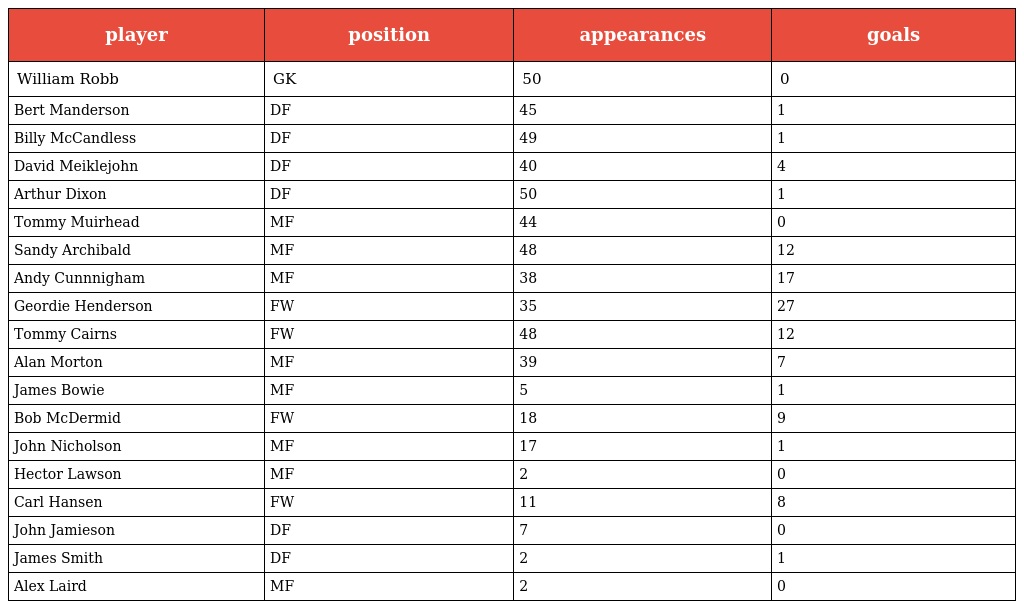
| player | position | appearances | goals |
 | --- | --- | --- | --- |
 | William Robb | GK | 50 | 0 |
 | Bert Manderson | DF | 45 | 1 |
 | Billy McCandless | DF | 49 | 1 |
 | David Meiklejohn | DF | 40 | 4 |
 | Arthur Dixon | DF | 50 | 1 |
 | Tommy Muirhead | MF | 44 | 0 |
 | Sandy Archibald | MF | 48 | 12 |
 | Andy Cunnnigham | MF | 38 | 17 |
 | Geordie Henderson | FW | 35 | 27 |
 | Tommy Cairns | FW | 48 | 12 |
 | Alan Morton | MF | 39 | 7 |
 | James Bowie | MF | 5 | 1 |
 | Bob McDermid | FW | 18 | 9 |
 | John Nicholson | MF | 17 | 1 |
 | Hector Lawson | MF | 2 | 0 |
 | Carl Hansen | FW | 11 | 8 |
 | John Jamieson | DF | 7 | 0 |
 | James Smith | DF | 2 | 1 |
 | Alex Laird | MF | 2 | 0 |